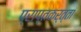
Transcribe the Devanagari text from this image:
प्राप्तकर्त्ता